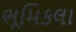
ભૂમિકલા